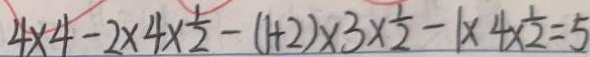
4 \times 4 - \frac { 1 } { 2 } \times 4 \times 2 - ( 1 + 2 ) \times 3 \times \frac { 1 } { 2 } - 1 \times 4 \times \frac { 1 } { 2 } = 5